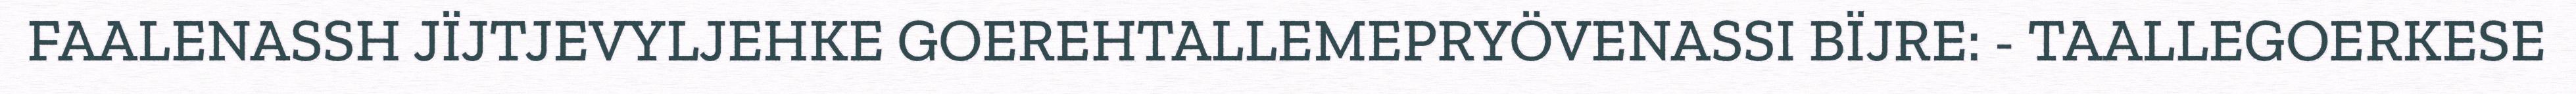
FAALENASSH JÏJTJEVYLJEHKE GOEREHTALLEMEPRYÖVENASSI BÏJRE: - TAALLEGOERKESE